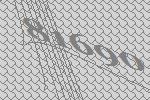
81690